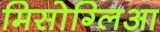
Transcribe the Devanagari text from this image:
मिसोग्लिआ